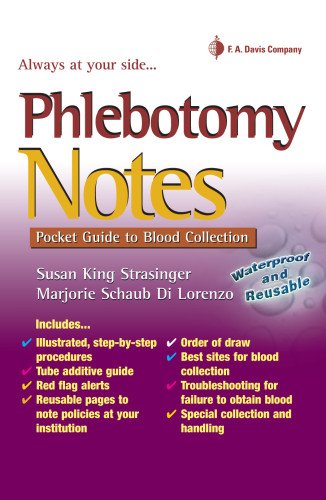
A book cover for Phlebotomy Notes: Pocket Guide to Blood Collection (Davis's Notes); Susan King Strasinger DA  MLS(ASCP); Medical Books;